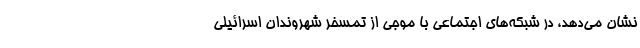
نشان می‌دهد، در شبکه‌های اجتماعی با موجی از تمسخر شهروندان اسرائیلی